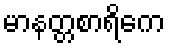
မာနတ္တစာရိကေ